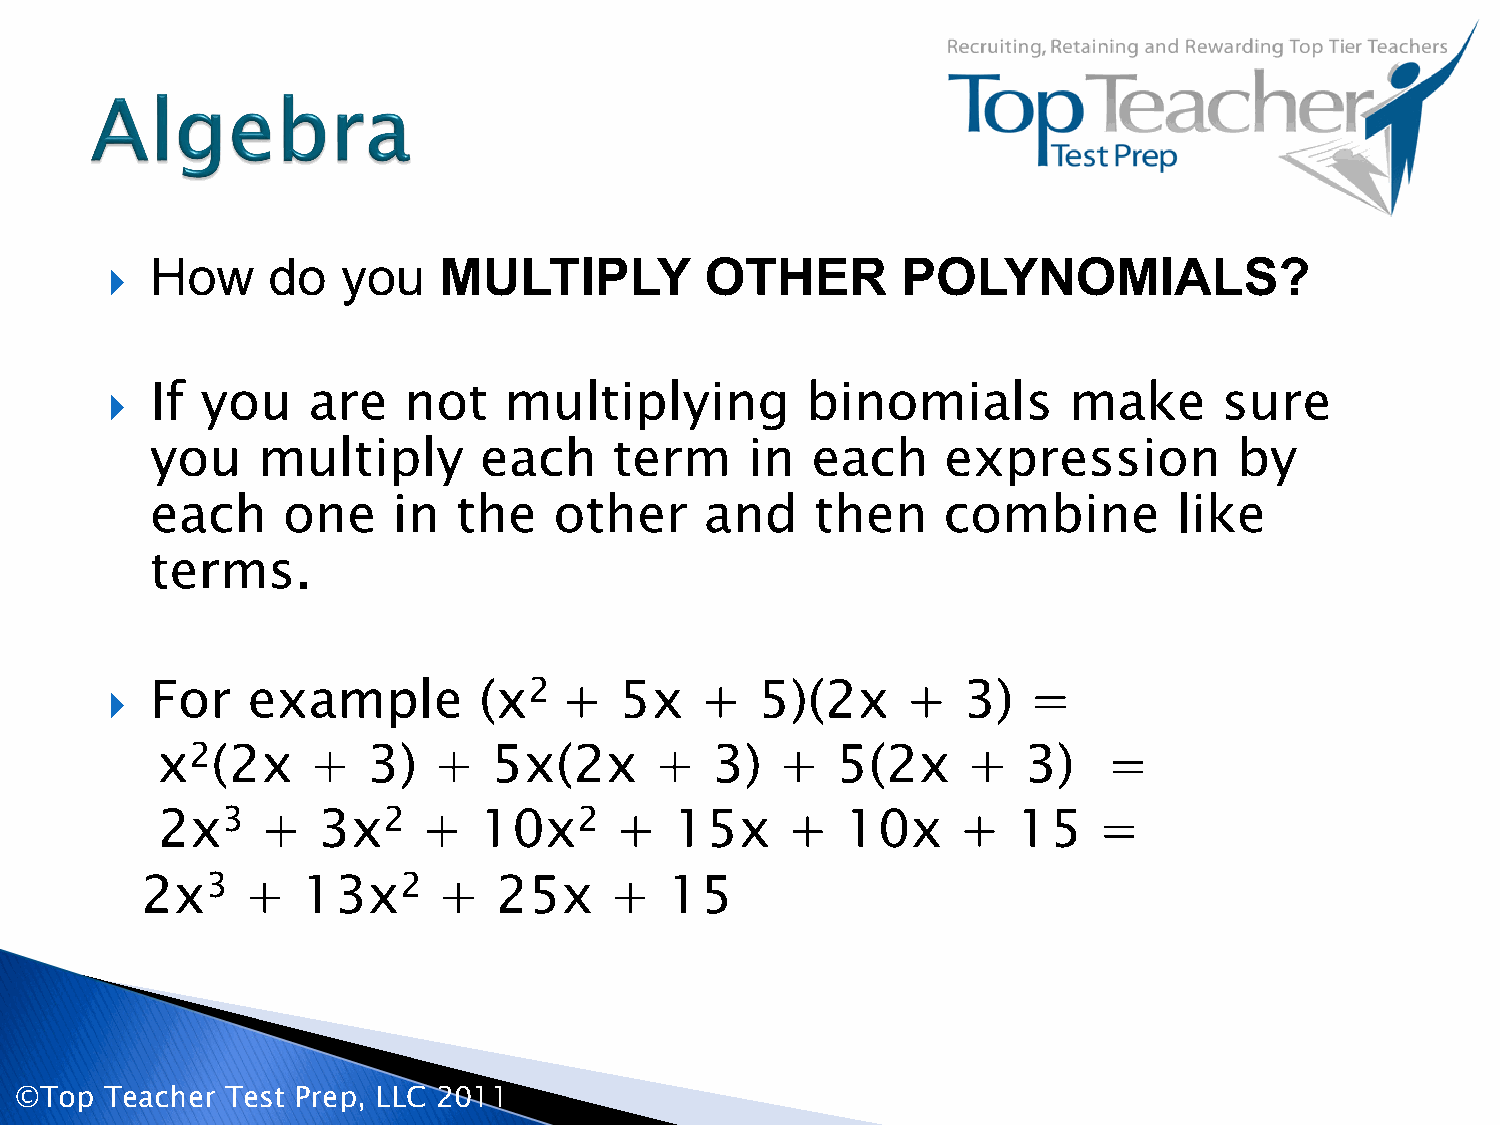
  How     do   you   MULTIPLY          OTHER        POLYNOMIALS?
   If you    are    not   multiplying         binomials         make      sure
 you    multiply       each     term    in   each     expression         by
 each     one    in  the    other     and    then    combine         like
 terms.
   For   example         (x2  +   5x   +   5)(2x     +   3)  =
 x2(2x     +   3)   +   5x(2x     +   3)   +  5(2x     +   3)   =
 2x3    +   3x2    +   10x2     +   15x    +   10x    +   15    =
 2x3    +   13x2     +   25x    +   15
 ©Top  Teacher Test Prep, LLC 2011